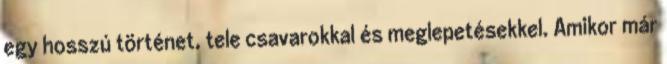
egy hosszú történet, tele csavarokkal és meglepetésekkel. Amikor már